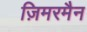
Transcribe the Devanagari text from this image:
ज़िमरमैन